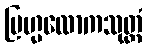
ဗြဟ္မလောကသုတ္တံ